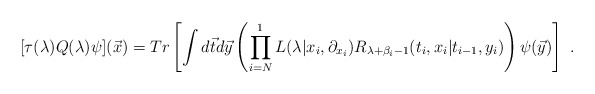
\begin{align*}[\tau(\lambda )Q(\lambda)\psi]({\vec x})=Tr\left[\int d{\vec t}d{\vec y} \left(\prod_{i=N}^1 L(\lambda|x_i,\partial_{x_i}) R_{\lambda +\beta_i-1}(t_i,x_i|t_{i-1},y_i)\right)\psi({\vec y})\right] ~.\end{align*}